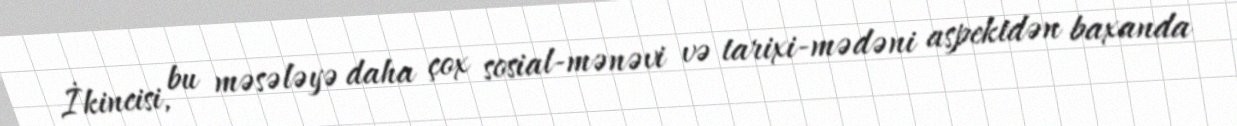
İkincisi, bu məsələyə daha çox sosial-mənəvi və tarixi-mədəni aspektdən baxanda